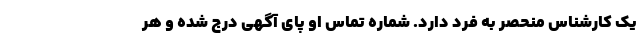
یک کارشناس منحصر به فرد دارد. شماره تماس او پای آگهی درج شده و هر